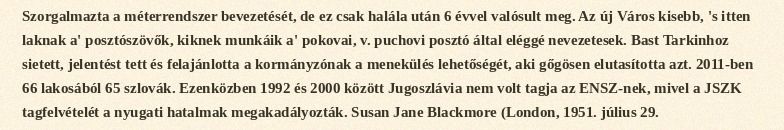
Szorgalmazta a méterrendszer bevezetését, de ez csak halála után 6 évvel valósult meg. Az új Város kisebb, 's itten laknak a' posztószövők, kiknek munkáik a' pokovai, v. puchovi posztó által eléggé nevezetesek. Bast Tarkinhoz sietett, jelentést tett és felajánlotta a kormányzónak a menekülés lehetőségét, aki gőgösen elutasította azt. 2011-ben 66 lakosából 65 szlovák. Ezenközben 1992 és 2000 között Jugoszlávia nem volt tagja az ENSZ-nek, mivel a JSZK tagfelvételét a nyugati hatalmak megakadályozták. Susan Jane Blackmore (London, 1951. július 29.